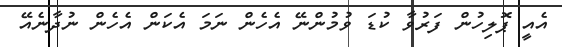
އެއީ ޕޮލިހުން ފަރުވާ ކުޑަ ވުމުންނޭ އެހެން ނަމަ އެކަން އެހެން ނުދާނެއޭ